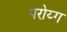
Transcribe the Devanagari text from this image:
परोय्ग